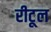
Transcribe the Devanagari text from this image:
रीटूल